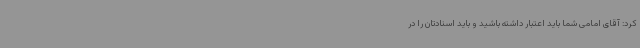
کرد: آقای امامی شما باید اعتبار داشته باشید و باید اسنادتان را در